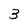
Character: 3